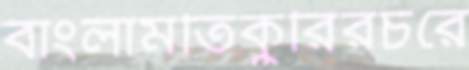
বাংলামতিকুরিরচরে